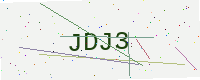
Text: JDJ3